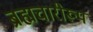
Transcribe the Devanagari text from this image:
ब्रह्मचारीरूप